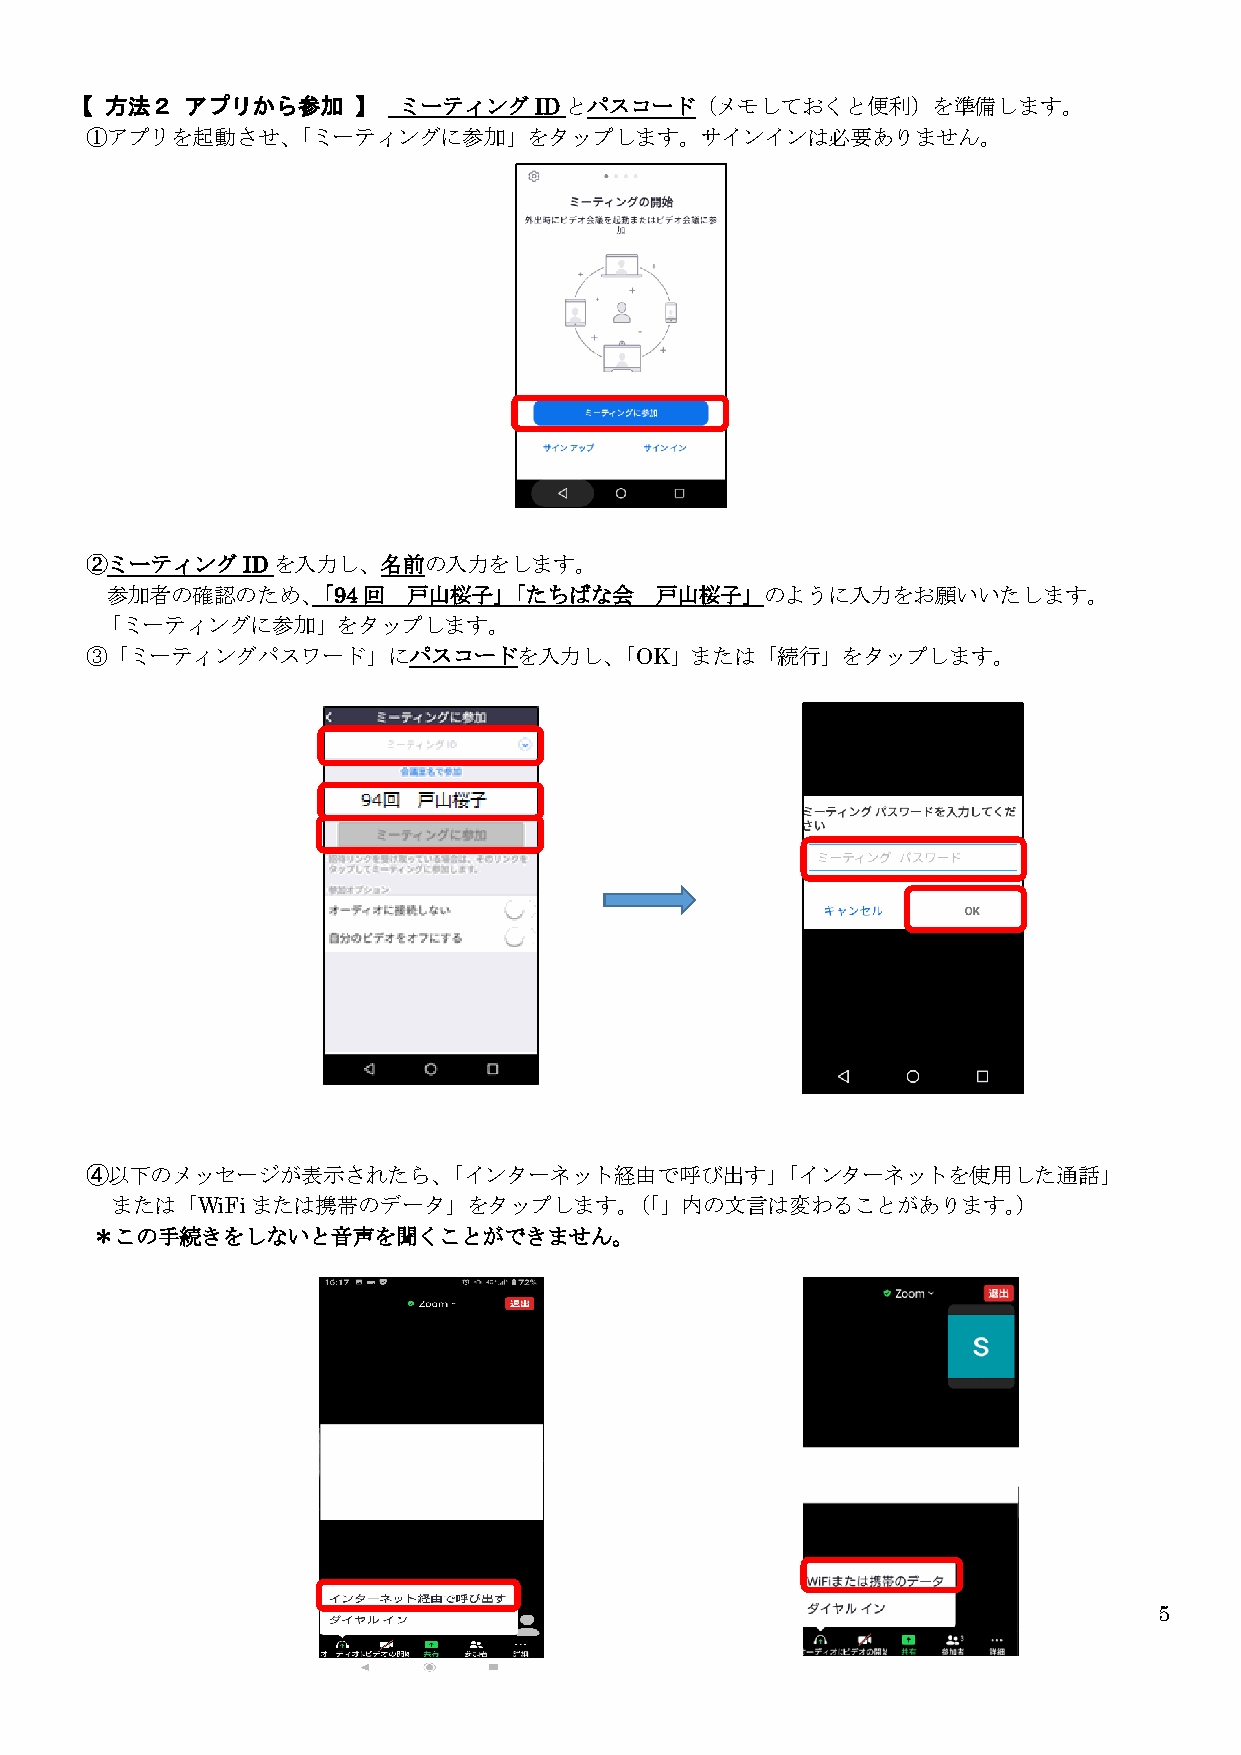
【 方法２  アプリから参加    】  ミーティングIDとパスコード（メモしておくと便利）を準備します。
 ①アプリを起動させ、「ミーティングに参加」をタップします。サインインは必要ありません。
 ➁ミーティングIDを入力し、名前の入力をします。
 参加者の確認のため、「94回      戸山桜子」「たちばな会     戸山桜子」のように入力をお願いいたします。
 「ミーティングに参加」をタップします。
 ③「ミーティングパスワード」にパスコードを入力し、「OK」または「続行」をタップします。
 ④以下のメッセージが表示されたら、「インターネット経由で呼び出す」「インターネットを使用した通話」
 または「WiFiまたは携帯のデータ」をタップします。（「」内の文言は変わることがあります。）
 ＊この手続きをしないと音声を聞くことができません。
 5